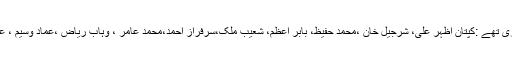
پاکستان کے 11کھلاڑی تھے :کپتان اظہر علی، شرجیل خان ،محمد حفیظ، بابر اعظم، شعیب ملک،سرفراز احمد،محمد عامر ، وہاب ریاض ،عماد وسیم ، عمر گُل اور محمد نواز۔